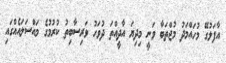
އާފަލުގޭ މުހައްމަދު މުޖްތަބާ ވަނީ މިދިޔަ އާދީއްތަ ދުވަހު ވަރިސާބިތު ކުރުމުގެ މައްސަލައެއްގައި